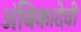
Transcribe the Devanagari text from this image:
अंबिकादेवी